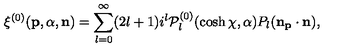
\xi ^ { ( 0 ) } ( { \bf p } , \alpha , { \bf n } ) = \sum _ { l = 0 } ^ { \infty } ( 2 l + 1 ) i ^ { l } { \cal { P } } _ { l } ^ { ( 0 ) } ( \cosh \chi , \alpha ) P _ { l } ( \bf n _ { \bf p } \cdot \bf n ) ,